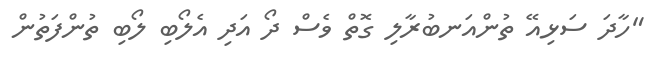
"ހާދަ ސަޅިއޭ ތުންއަނބުރާލި ގޮތް ވެސް ދޯ އަދި އެލޯބި ލޯބި ތުންފަތުން